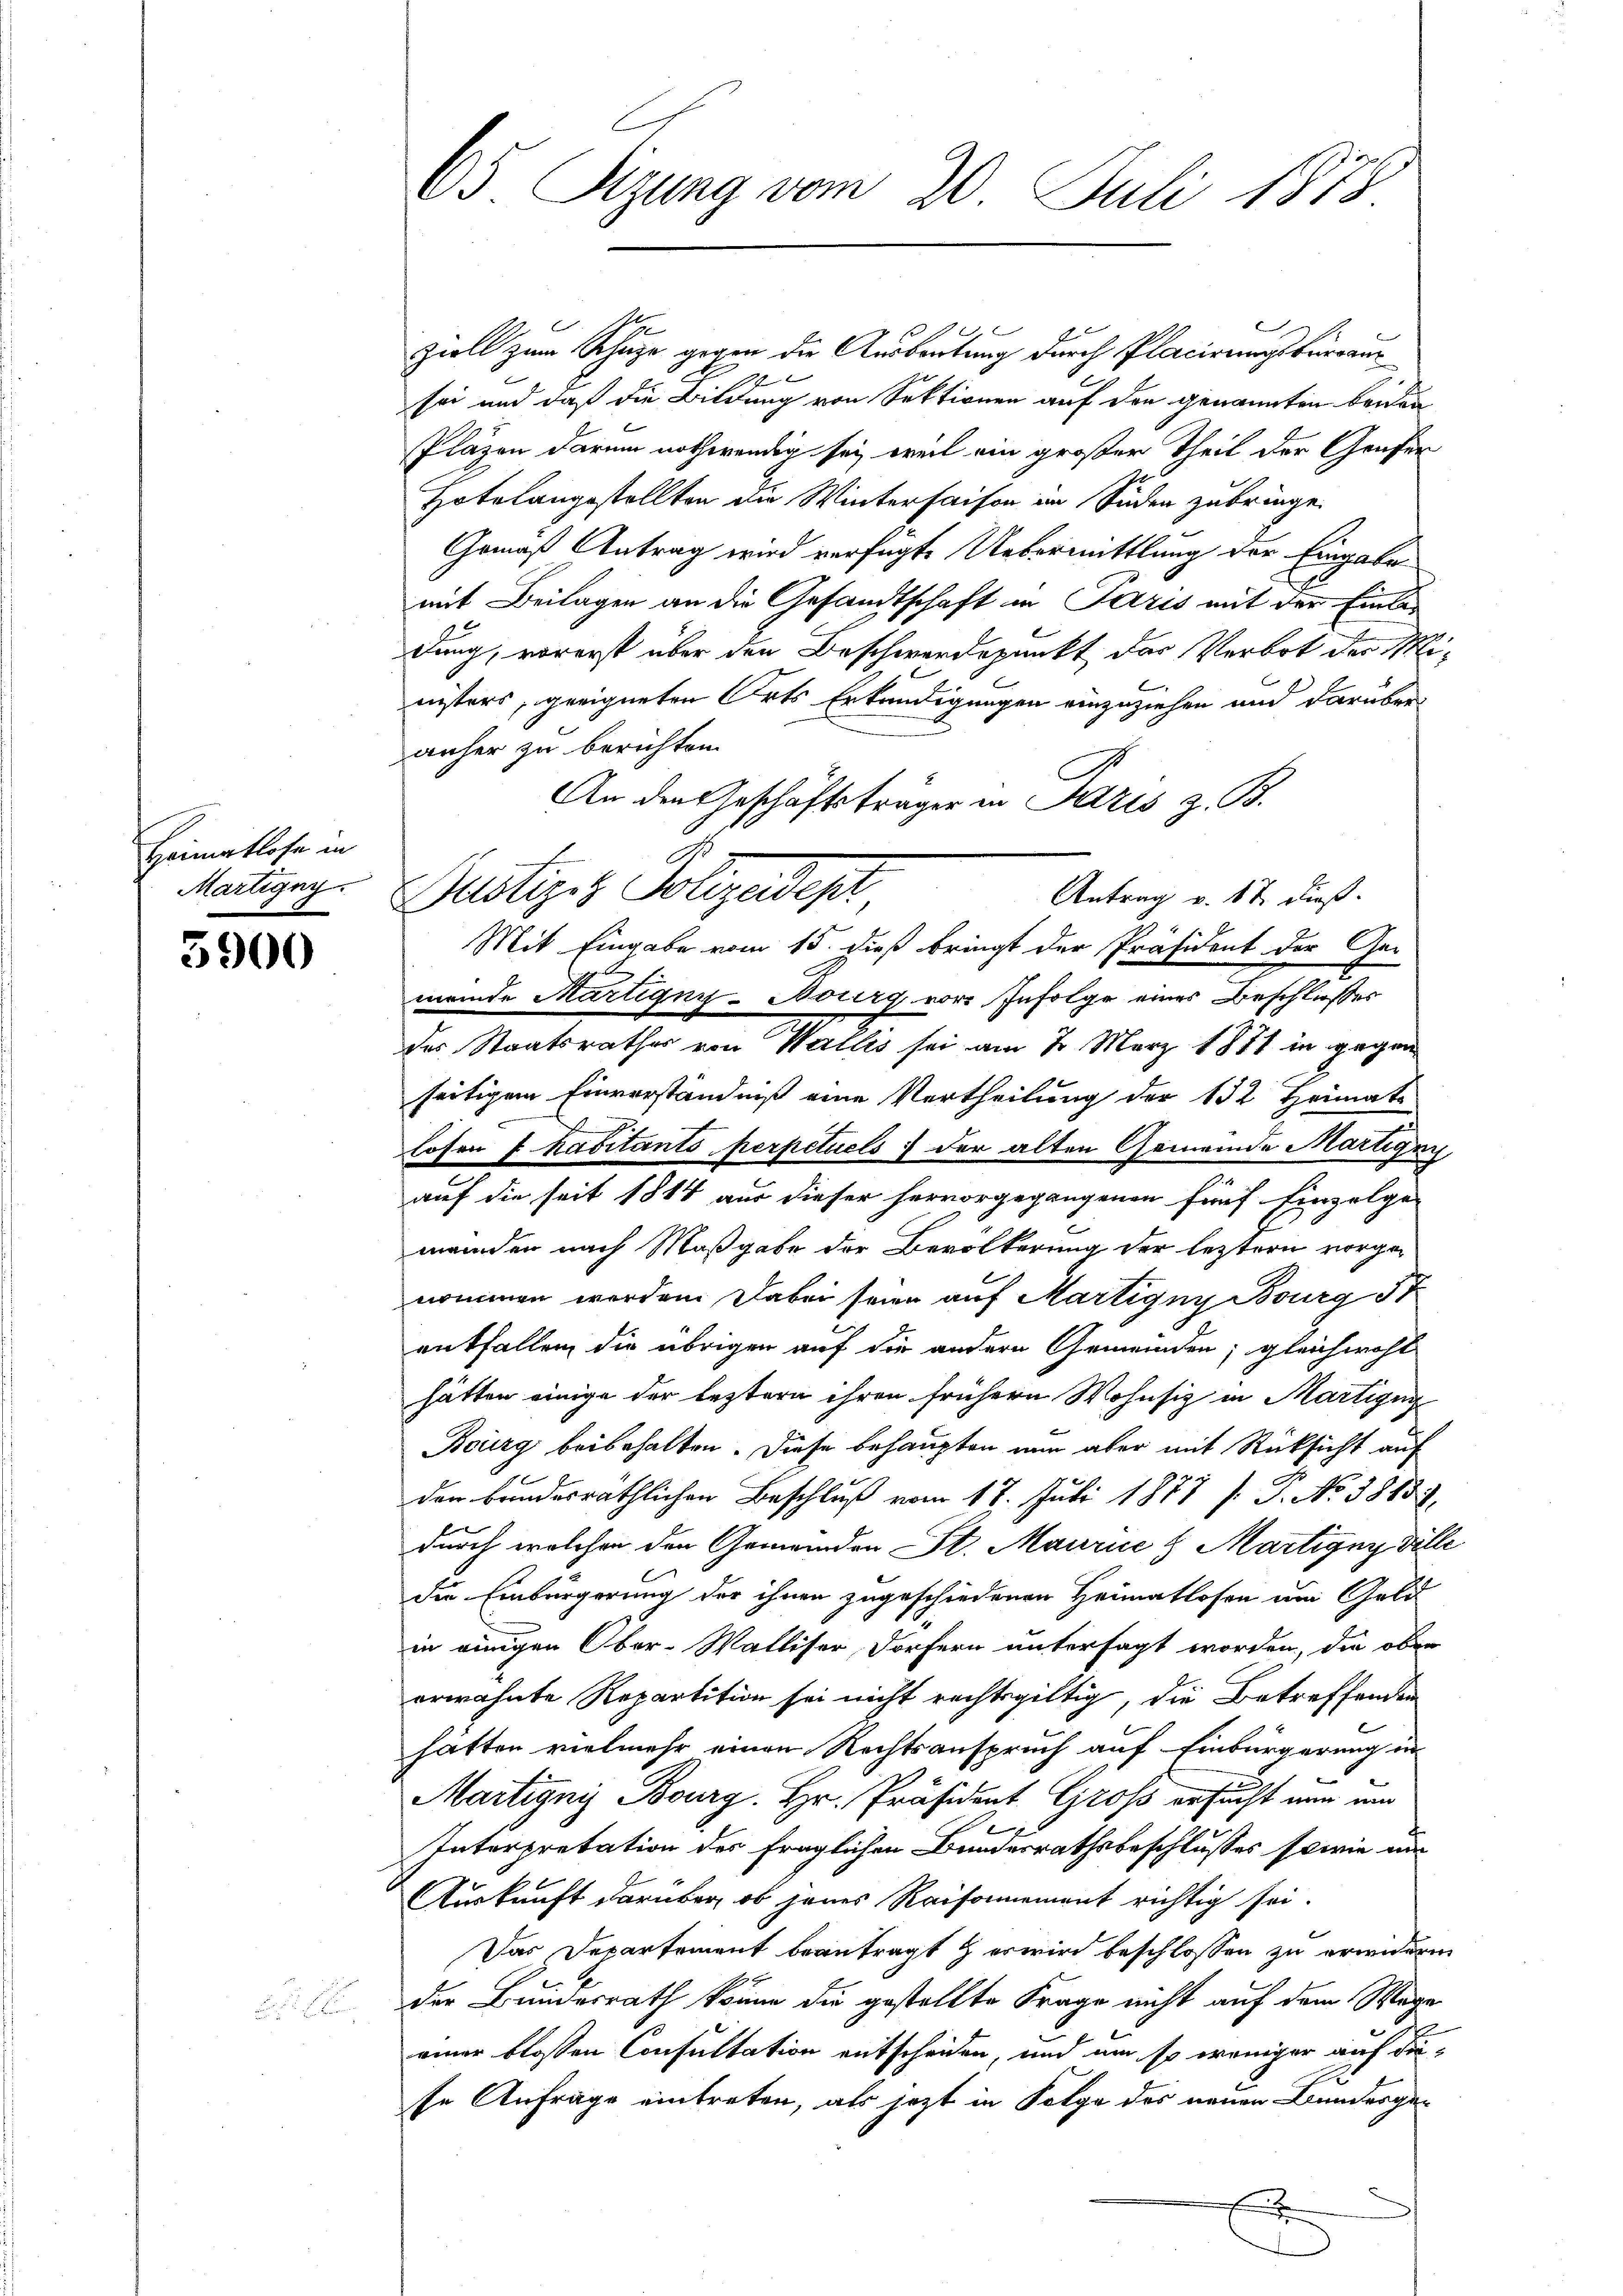
Heimatlose in
Martigny

5900

e
1
E
ziell zum Schutze gegen die Ausbeutung durch Placirungsbureaus
sei und daß die Bildung von Sektionen auf den genannten beiden
Pläzen darum nothwendig sei, weil ein großer Theil der Genfer
Hotelangestellten die Winterhaisen im Süden zubringe.
Gemäß Antrag wird verfügte Uebermittlung der Eingabe
mit Beilagen an die Gesandtschaft in Paris mit der Einladung, vorerst über den Beschwerdepunkt der Verbot der Ministers, geeigneten Orts Erkundigungen einzuziehen und darüber-
anher zu berichten.
An den Geschäftsträger in Paris z. B.
Dustiziz Polizeidepr
meinde Martigny-Bourg vor Infolge eines Beschlußes
des Staatsrathes von Wallis sei am 2. März 1871 in gegen
seitigem Einverständniß eine Vertheilung der 132 Heimats
.
losen f kaditants perpetuels der alten Gemeinde Martigun
auf die seit 1814 aus dieser hervorgegangenen fünf Einzelge-
meinden nach Maßgabe der Bevölkerung der leztern vorgenommen werden. Dabei seien auf Martigny Bourg St
entfallen die übrigen auf die andern Gemeinden; gleichwohl
hätten einige der leztern ihren frühern Wohnsiz in Martigun
Bourg beibehalten. Diese behaupten nun aber mit Rücksicht auf
den brindesräthlichen Beschluß vom 17. Juli 1877 J. P. No 3865.
durch welchen den Gemeinden St. Maurice & Martigny ville
die Einbürgerung der ihnen zugeschiedenen Heimatlosen am Gold
in einigen Ober-Walliser, Dorfern untersagt worden, die oben
erwähnte Repartition sei nicht rechtsgültig, die Betreffenden
hätten vielmehr einen Rechtsanspruch auf Einbürgerung in
Martignis Bourg. Hr. Präsident Gross ersucht nun um
e
Interpretation des fraglichen Bunderrathsbeschlusses sowie un
Auskunft darüber ob jenes Raisonnement richtig sei.
Das Departement beantragt & er wird beschlossen zu erwideren
der Bundesrath könne die gestellte Frage nicht auf dem Mage
einer blossen Consultation entscheiden, und um so weniger auf die
se Anfrage eintreten, als jetzt in Folge des neuen Bundesge¬

65 Sizung vom 20. Juli 1878.

Antrag v. 17 dieß.
Mit Eingabe vom 15. dieß bringt der Präsident der Ge-